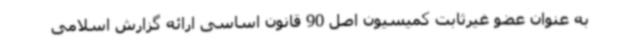
به عنوان عضو غیرثابت کمیسیون اصل 90 قانون اساسی ارائه گزارش اسلامی